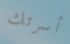
أسرتك